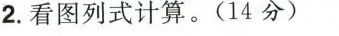
2.看图列式计算。(14分)